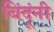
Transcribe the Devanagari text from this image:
बिंदूंनी